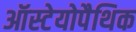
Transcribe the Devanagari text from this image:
ऑस्टेयोपैथिक